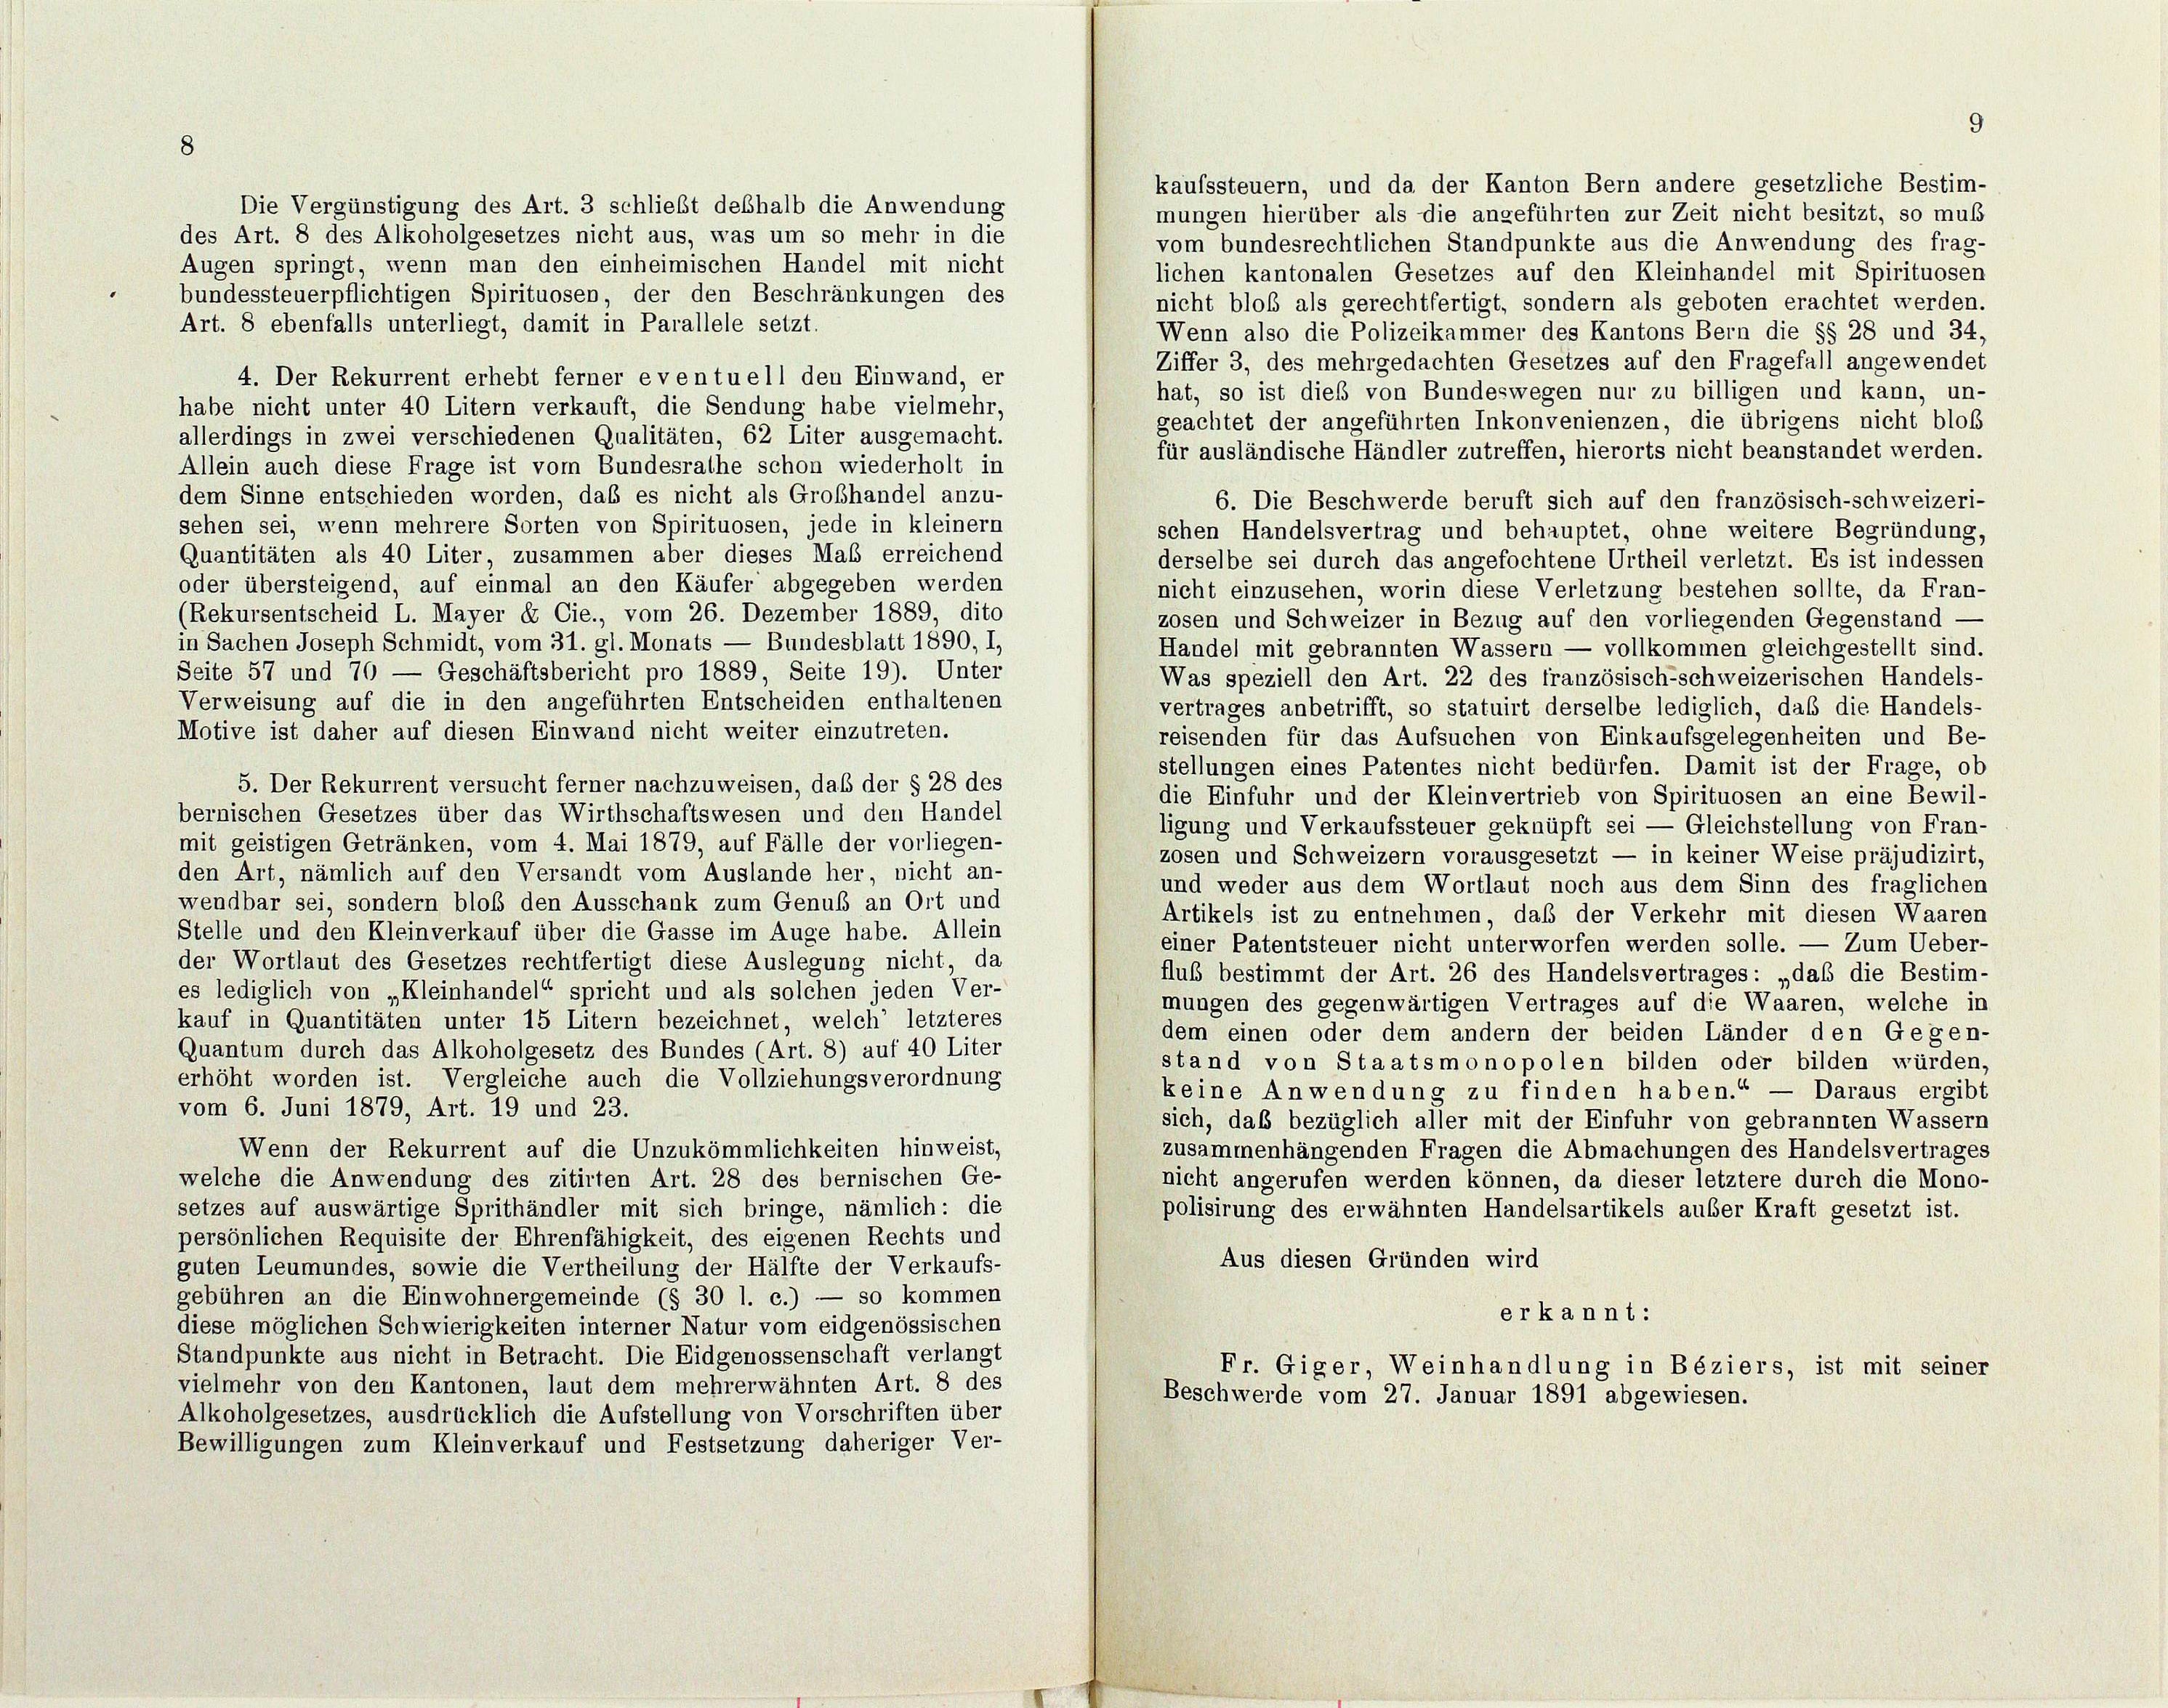
8

kaufssteuern, und da der Kanton Bern andere gesetzliche Bestim-
Die Vergünstigung des Art. 3 schließt deshalb die Anwendung
mungen hierüber als die angeführten zur Zeit nicht besitzt, so muß
des Art. 8 des Alkoholgesetzes nicht aus, was um so mehr in die
vom bundesrechtlichen Standpunkte aus die Anwendung des frag-
Augen springt, wenn man den einheimischen Handel mit nicht
lichen kantonalen Gesetzes auf den Kleinhandel mit Spirituosen
bundessteuerpflichtigen Spirituosen, der den Beschränkungen des
nicht bloß als gerechtfertigt, sondern als geboten erachtet werden.
Art. 8 ebenfalls unterliegt, damit in Parallele setzt
Wenn also die Polizeikammer des Kantons Bern die §§ 28 und 34,
Ziffer 3, des mehrgedachten Gesetzes auf den Fragefall angewendet
4. Der Rekurrent erhebt ferner eventuell den Einwand, er
hat, so ist dieß von Bundeswegen nur zu billigen und kann, un-
habe nicht unter 40 Litern verkauft, die Sendung habe vielmehr,
geachtet der angeführten Inkonvenienzen, die übrigens nicht bloß
allerdings in zwei verschiedenen Qualitäten, 62 Liter ausgemacht.
für ausländische Händler zutreffen, hierorts nicht beanstandet werden.
Allein auch diese Frage ist vom Bundesrathe schon wiederholt in
dem Sinne entschieden worden, daß es nicht als Großhandel anzu-
6. Die Beschwerde beruft sich auf den französisch-schweizeri-
sehen sei, wenn mehrere Sorten von Spirituosen, jede in kleiner
schen Handelsvertrag und behauptet, ohne weitere Begründung,
Quantitäten als 40 Liter, zusammen aber dieses Maß erreichend
derselbe sei durch das angefochtene Urtheil verletzt. Es ist indessen
oder übersteigend, auf einmal an den Käufer abgegeben werden
nicht einzusehen, worin diese Verletzung bestehen sollte, da Fran-
(Rekursentscheid L. Mayer & Cie., vom 26. Dezember 1889, dito
zosen und Schweizer in Bezug auf den vorliegenden Gegenstand -
in Sachen Joseph Schmidt, vom 31. gl. Monats — Bundesblatt 1890, I.
Handel mit gebrannten Wassern — vollkommen gleichgestellt sind.
Seite 57 und 70 — Geschäftsbericht pro 1889, Seite 19). Unter
Was speziell den Art. 22 des französisch-schweizerischen Handels-
Verweisung auf die in den angeführten Entscheiden enthaltenen
vertrages anbetrifft, so statuirt derselbe lediglich, daß die Handels-
Motive ist daher auf diesen Einwand nicht weiter einzutreten.
reisenden für das Aufsuchen von Einkaufsgelegenheiten und Be-
stellungen eines Patentes nicht bedürfen. Damit ist der Frage, ob
5. Der Rekurrent versucht ferner nachzuweisen, daß der § 28 des
die Einfuhr und der Kleinvertrieb von Spirituosen an eine Bewil-
bernischen Gesetzes über das Wirthschaftswesen und den Handel
ligung und Verkaufssteuer geknüpft sei — Gleichstellung von Fran-
mit geistigen Getränken, vom 4. Mai 1879, auf Fälle der vorliegen-
zosen und Schweizern vorausgesetzt — in keiner Weise präjudizirt,
den Art, nämlich auf den Versandt vom Auslande her, nicht an-
und weder aus dem Wortlaut noch aus dem Sinn des fraglichen
wendbar sei, sondern bloß den Ausschank zum Genuß an Ort und
Artikels ist zu entnehmen, daß der Verkehr mit diesen Waaren
Stelle und den Kleinverkauf über die Gasse im Auge habe. Allein
einer Patentsteuer nicht unterworfen werden solle. — Zum Ueber-
der Wortlaut des Gesetzes rechtfertigt diese Auslegung nicht, da
fluß bestimmt der Art. 26 des Handelsvertrages: „daß die Bestim-
es lediglich von „Kleinhandel“ spricht und als solchen jeden Ver-
mungen des gegenwärtigen Vertrages auf die Waaren, welche in
kauf in Quantitäten unter 15 Litern bezeichnet, welch’ letzteres
dem einen oder dem andern der beiden Länder den Gegen-
Quantum durch das Alkoholgesetz des Bundes (Art. 8) auf 40 Liter
stand von Staatsmonopolen bilden oder bilden würden,
erhöht worden ist. Vergleiche auch die Vollziehungsverordnung
keine Anwendung zu finden haben.“ — Daraus ergibt
vom 6. Juni 1879, Art. 19 und 23.
sich, daß bezüglich aller mit der Einfuhr von gebrannten Wassern
Wenn der Rekurrent auf die Unzukömmlichkeiten hinweist,
zusammenhängenden Fragen die Abmachungen des Handelsvertrages
welche die Anwendung des zitirten Art. 28 des bernischen Ge-
nicht angerufen werden können, da dieser letztere durch die Mono-
setzes auf auswärtige Sprithändler mit sich bringe, nämlich: die
polisirung des erwähnten Handelsartikels außer Kraft gesetzt ist.
persönlichen Requisite der Ehrenfähigkeit, des eigenen Rechts und
Aus diesen Gründen wird
guten Leumundes, sowie die Vertheilung der Hälfte der Verkaufs-
gebühren an die Einwohnergemeinde (§ 30 l. c.) — so kommen
erkannt:
diese möglichen Schwierigkeiten interner Natur vom eidgenössischen
Standpunkte aus nicht in Betracht. Die Eidgenossenschaft verlangt
Fr. Giger, Weinhandlung in Béziers, ist mit seiner
vielmehr von den Kantonen, laut dem mehrerwähnten Art. 8 des
Beschwerde vom 27. Januar 1891 abgewiesen.
Alkoholgesetzes, ausdrücklich die Aufstellung von Vorschriften über
Bewilligungen zum Kleinverkauf und Festsetzung daheriger Ver-

9